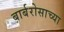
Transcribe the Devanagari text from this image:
बार्बरोसाच्या